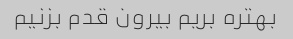
بهتره بریم بیرون قدم بزنیم